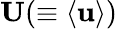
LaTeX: {\mathbf{U}}(\equiv\langle{{\mathbf{u}}}\rangle)